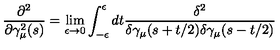
\frac { \partial ^ { 2 } } { \partial \gamma _ { \mu } ^ { 2 } ( s ) } = \lim _ { \epsilon \rightarrow 0 } \int _ { - \epsilon } ^ { \epsilon } d t \frac { \delta ^ { 2 } } { \delta \gamma _ { \mu } ( s + t / 2 ) \delta \gamma _ { \mu } ( s - t / 2 ) }